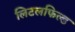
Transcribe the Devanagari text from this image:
लिटलफिल्ड